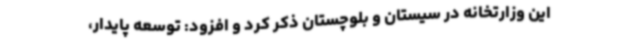
این وزارتخانه در سیستان و بلوچستان ذکر کرد و افزود: توسعه پایدار،